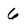
Character: 6